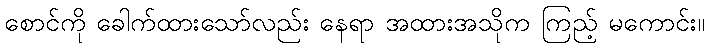
စောင်ကို ခေါက်ထားသော်လည်း နေရာ အထားအသိုက ကြည့် မကောင်း။